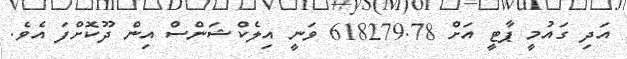
އަދި ގައުމީ ޕާޓީ އަށް 618279.78 ވަނީ އިލެކްޝަންސް އިން ދޫކޮށްފަ އެވެ.